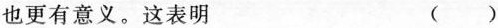
也更有意义。这表明 ( )